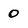
Character: 0